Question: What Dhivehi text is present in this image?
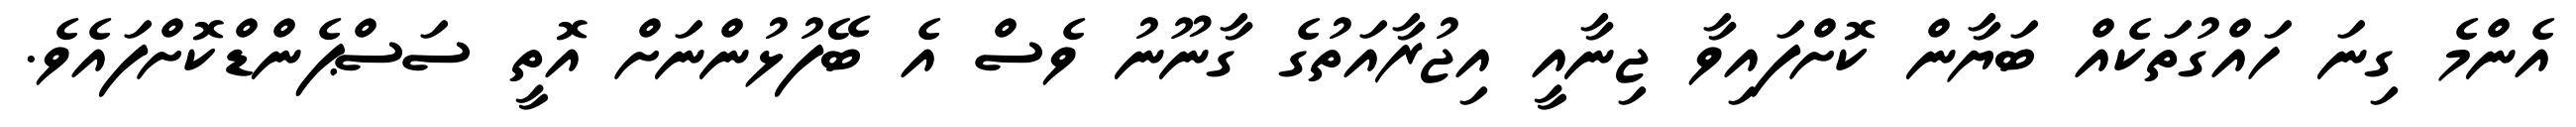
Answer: އެންމެ ގިނަ ހައްގުތަކެއް ބަޔާން ކޮށްފައިވާ ޖިނާއީ އިޖުރާއަތުގެ ގާނޫނު ވެސް އެ ބޭފުޅުންނަށް އޮތީ ސަސްޕެންޑްކޮށްފައެވެ.